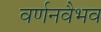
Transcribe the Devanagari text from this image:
वर्णनवैभव